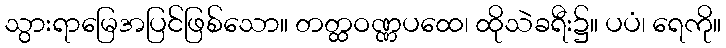
သွားရာမြေအပြင်ဖြစ်သော။ တတ္ထဝဏ္ဏပထေ၊ ထိုသဲခရီး၌။ ပပံ၊ ရေကို။